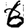
Digit: 6